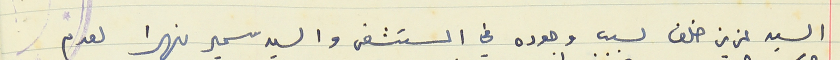
السيد عزيز خلف لسبب وجوده في المستشفى والسيد سمير نهرا لعدم